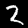
Label: 2